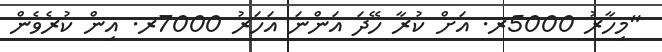
"މިހާރު 5000ރ. އަށް ކުރާ ހޭދަ އަންނަ އަހަރު 7000ރ. އިން ކުރެވެން